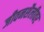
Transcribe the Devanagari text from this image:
जीवनशैलीवर